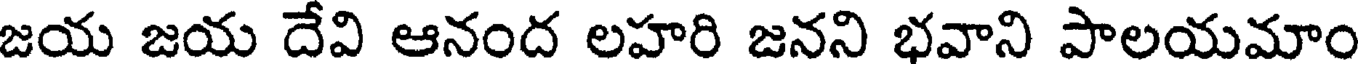
జయ జయ దేవి ఆనంద లహరి జనని భవాని పాలయమాం